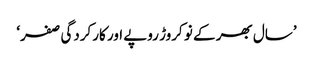
’سال بھر کے نو کروڑ روپے اور کارکردگی صفر‘